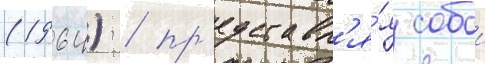
(1964) / пр'едставл'я́я собои